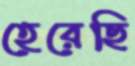
হেরেছি